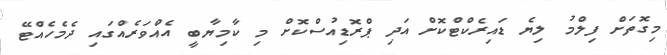
މިގޮތަށް ފިލްމު ލިޔެ ޑައިރެކްޓްކޮށް އަދި ޕްރޮޑިއުސްކޮށް މި ކާމިޔާބީ އެއްވަރެއްގައި ދެމެހެއްޓޭ